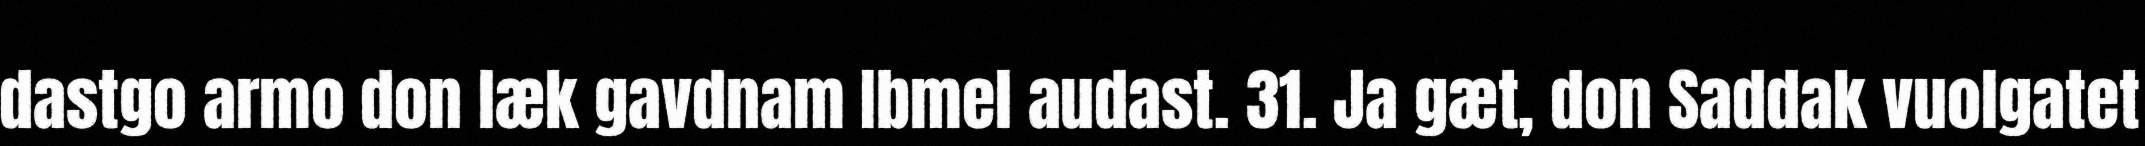
dastgo armo don læk gavdnam Ibmel audast. 31. Ja gæt, don Saddak vuolgatet